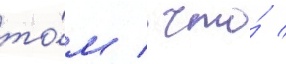
то́м / что́ /